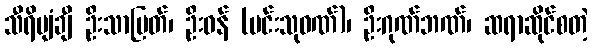
သီရိပျံချီ ဦးသာမြတ်၊ ဦးဝန် (မင်းသုဝဏ်)၊ ဦးဂုဏ်ဘဏ်၊ ဆရာဆိုင်စတဲ့